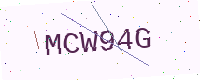
Text: MCW94G